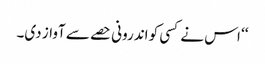
‘‘ اس نے کسی کو اندرونی حصے سے آواز دی۔